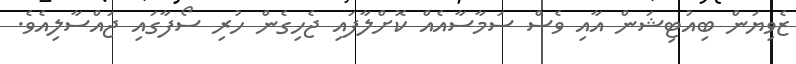
ޒެވިޔަން ބިއުޓިޝަން އާއި ވެސް ސަމާސާއެއް ކޮށްލާފައި ޖެހިގެން ހުރި ސޯފާގައި ޖައްސާލިއެވެ.